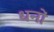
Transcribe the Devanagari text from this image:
धनों